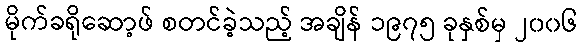
မိုက်ခရိုဆော့ဖ် စတင်ခဲ့သည့် အချိန် ၁၉၇၅ ခုနှစ်မှ ၂၀၀၆